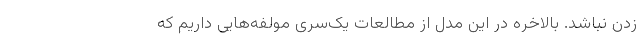
زدن نباشد. بالاخره در این مدل از مطالعات یک‌سری مولفه‌هایی داریم که